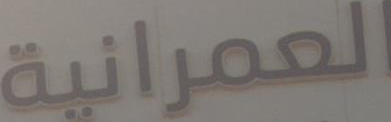
العمرانية